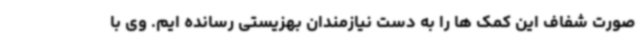
صورت شفاف این کمک ها را به دست نیازمندان بهزیستی رسانده ایم. وی با